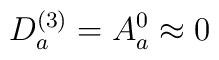
D_{a}^{(3)} = A_{a}^{0} \approx 0